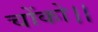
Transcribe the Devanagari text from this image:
चोंको।।